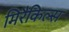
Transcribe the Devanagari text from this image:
मिरैकिल्स